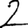
Digit: 2